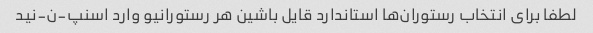
لطفا برای انتخاب رستوران‌ها استاندارد قایل باشین هر رستورانیو وارد اسنپ-ن-نید